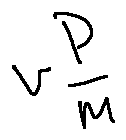
v ^ { \frac { p } { m } }